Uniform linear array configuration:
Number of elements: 16
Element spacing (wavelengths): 1
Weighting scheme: kaiser
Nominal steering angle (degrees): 45
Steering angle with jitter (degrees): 44.89
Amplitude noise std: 0.05
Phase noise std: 0.05

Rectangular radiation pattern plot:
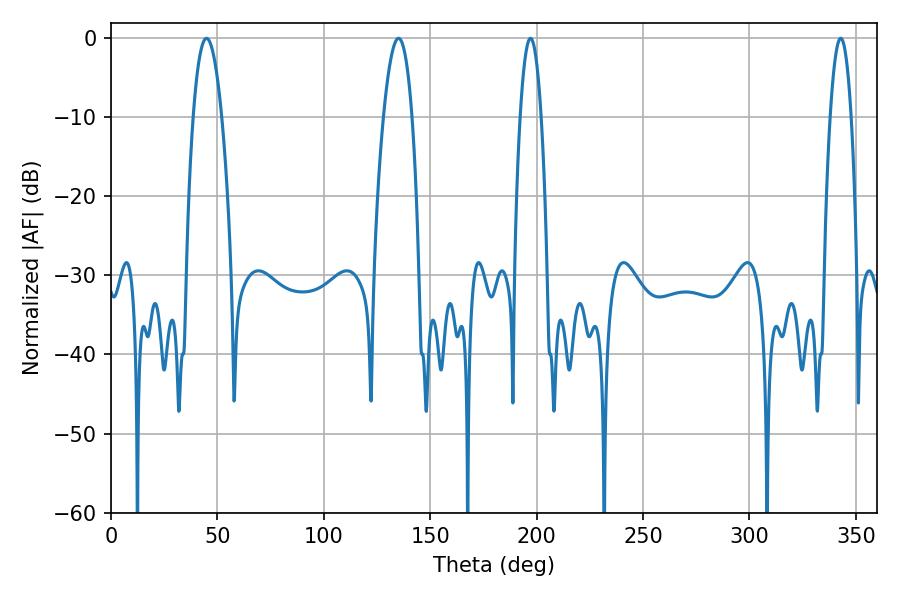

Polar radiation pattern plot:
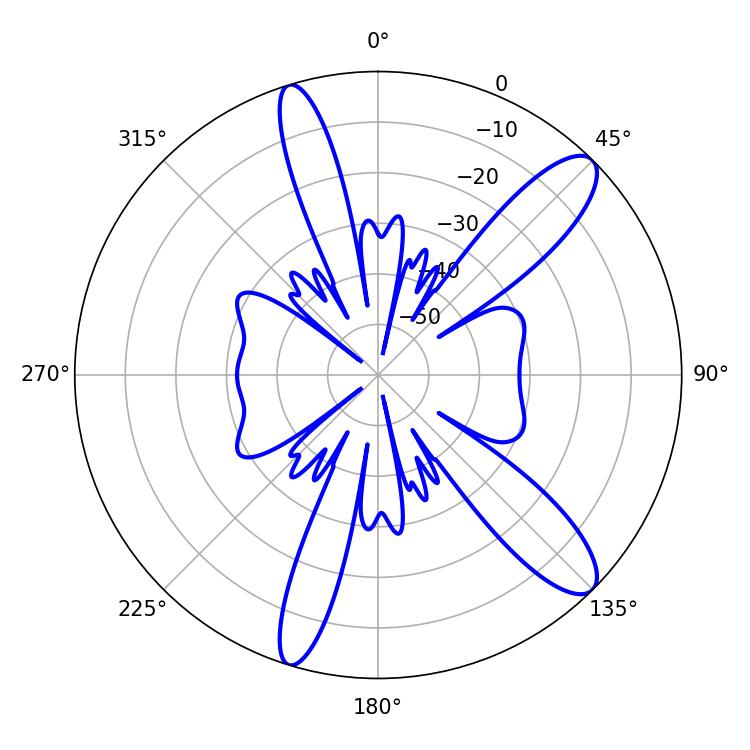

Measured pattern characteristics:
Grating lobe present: TRUE
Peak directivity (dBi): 11.671
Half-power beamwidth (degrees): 5.4
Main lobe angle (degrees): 197.1